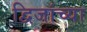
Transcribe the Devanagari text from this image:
द्विजांच्या